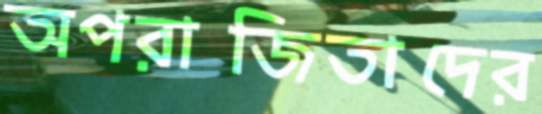
অপরাজিতাদের